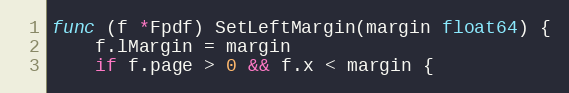
Language: Go
func (f *Fpdf) SetLeftMargin(margin float64) {
	f.lMargin = margin
	if f.page > 0 && f.x < margin {